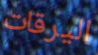
اليرقات